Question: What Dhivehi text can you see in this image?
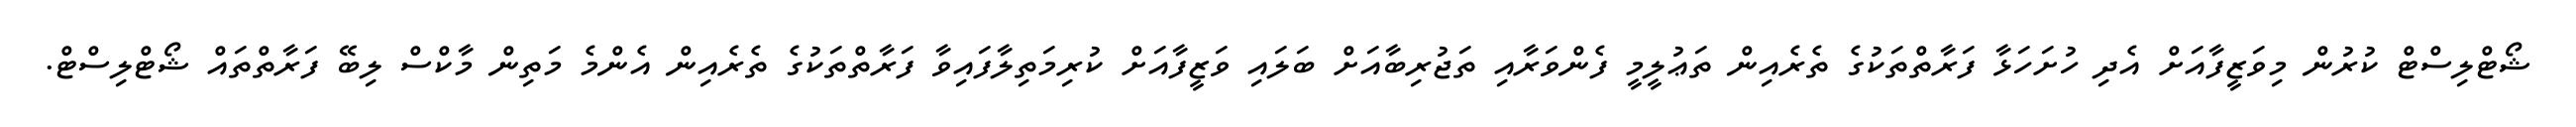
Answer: ޝޯޓްލިސްޓް ކުރުން މިވަޒީފާއަށް އެދި ހުށަހަޅާ ފަރާތްތަކުގެ ތެރެއިން ތަޢުލީމީ ފެންވަރާއި ތަޖުރިބާއަށް ބަލައި ވަޒީފާއަށް ކުރިމަތިލާފައިވާ ފަރާތްތަކުގެ ތެރެއިން އެންމެ މަތިން މާކްސް ލިބޭ ފަރާތްތައް ޝޯޓްލިސްޓް.